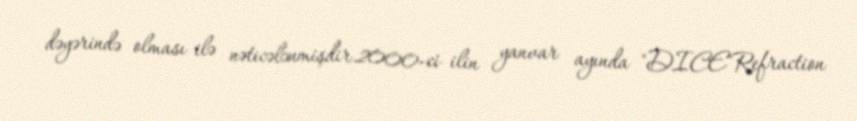
dəyərində olması ilə nəticələnmişdir.2000-ci ilin yanvar ayında "DICE"Refraction